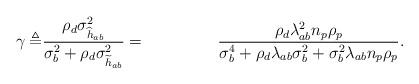
LaTeX: \begin{align*} \gamma \triangleq&\frac{\rho_d\sigma_{\widehat{h}_{ab}}^2}{\sigma_b^2+\rho_d\sigma_{\widetilde{h}_{ab}}^2}=&\frac{\rho_d\lambda_{ab}^2n_p\rho_p}{\sigma_b^4+\rho_d\lambda_{ab}\sigma_b^2+\sigma_b^2\lambda_{ab}n_p\rho_p}.\end{align*}